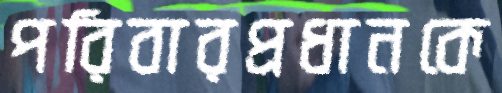
পরিবারপ্রধানকে